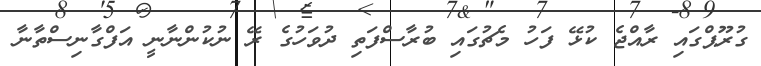
ގުރޫޕްގައި ރާއްޖެ ކުޅޭ ފަހު މެޗުގައި ބުރާސްފަތި ދުވަހުގެ ރޭ ނުކުންނާނީ އަފްގާނިސްތާނާ